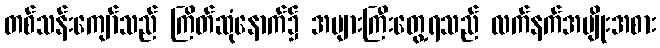
တစ်သန်းကျော်သည် ကြိတ်ဆုံနောက်၌ အများကြီးတွေ့ရသည် လက်နက်အမျိုးအစား